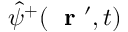
\hat { \psi } ^ { + } ( \mathrm { ~ \bf ~ r ~ } ^ { \prime } , t )